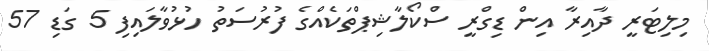
މިލިޓަރީ ދާއިރާ އިން ޑިގްރީ ސްކޯލާޝިޕްތަކެއްގެ ފުރުސަތު ހުޅުވާލައިފި 5 ގަޑި 57